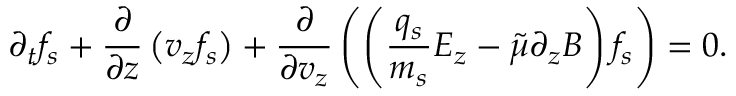
\partial _ { t } f _ { s } + \frac { \partial } { \partial z } \left( v _ { z } { f _ { s } } \right) + \frac { \partial } { \partial v _ { z } } \left( \left( \frac { q _ { s } } { m _ { s } } E _ { z } - \tilde { \mu } \partial _ { z } B \right) { f _ { s } } \right) = 0 .